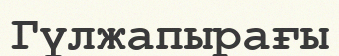
Гүлжапырағы